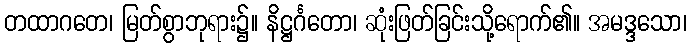
တထာဂတေ၊ မြတ်စွာဘုရား၌။ နိဋ္ဌင်္ဂတော၊ ဆုံးဖြတ်ခြင်းသို့ရောက်၏။ အမဒ္ဒသော၊